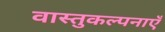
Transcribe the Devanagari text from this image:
वास्तुकल्पनाएँ